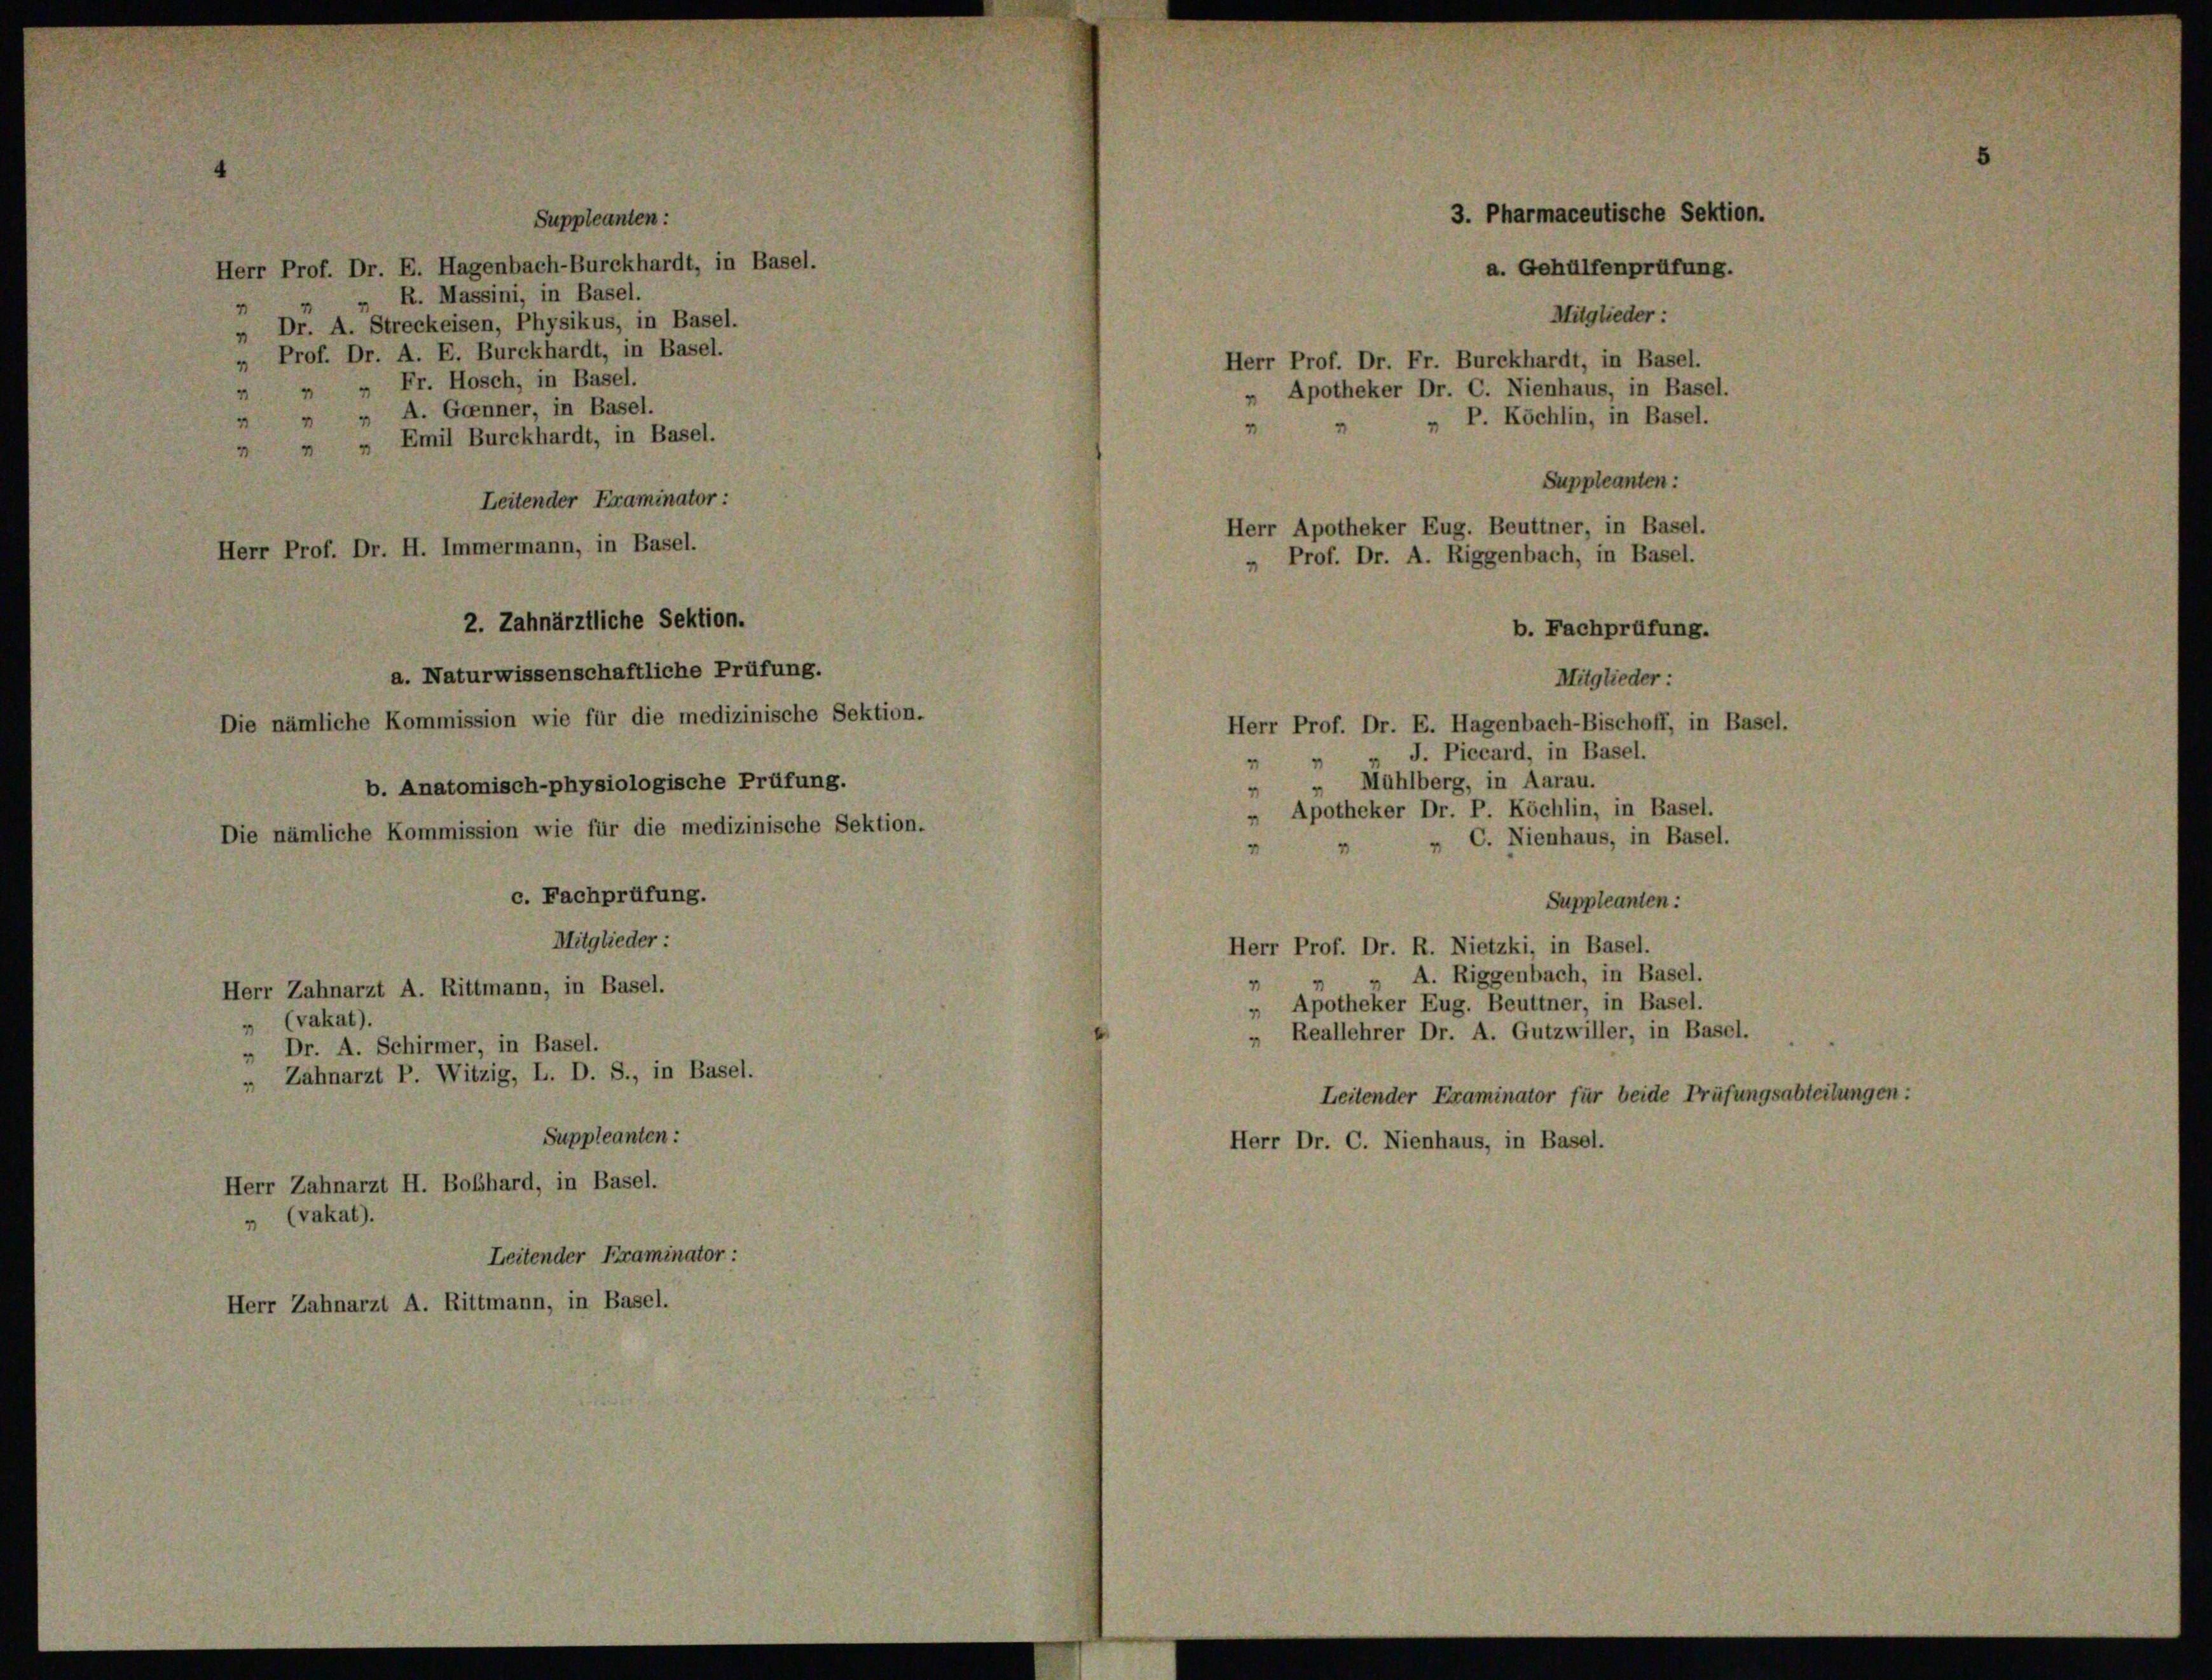
„ R. Massini, in Basel.
" Dr. A. Streckeisen, Physikus, in Basel.
" Prof. Dr. A. E. Burckhardt, in Basel.
 " " Fr. Hosch, in Basel.
 " " A. Grenner, in Basel.
 " " Emil Burckhardt, in Basel.
Leitender Examinator :
Herr Prof. Dr. H. Immermann, in Basel.
c. Fachprüfung.
Mitglieder:
Herr Zahnarzt A. Rittmann, in Basel.
" (vakat).
" Dr. A. Schirmer, in Basel.
„ Zahnarzt P. Witzig, L. D. S., in Basel.
Suppleanten:
Herr Zahnarzt H. Boßhard, in Basel.
" (vakat).
Leitender Framinator :
Herr Zahnarzt A. Rittmann, in Basel.

2. Zahnärztliche Sektion.
a. Naturwissenschaftliche Prüfung.
Die nämliche Kommission wie für die medizinische Sektion.
b. Anatomisch-physiologische Prüfung.
Die nämliche Kommission wie für die medizinische Sektion.

Suppleanten:
Herr Prof. Dr. E. Hagenbach-Burckhardt, in Basel.

3. Pharmaceutische Sektion.
a. Gehülfenprüfung.
Mitglieder:
Herr Prof. Dr. Fr. Burckhardt, in Basel.
„ Apotheker Dr. C. Nienhaus, in Basel.
„ P. Köchlin, in Basel.

Suppleanten:
b. Fachprüfung.
Mitglieder:
Herr Prof. Dr. E. Hagenbach-Bischoff, in Basel.
J. Piccard, in Basel.
Mühlberg, in Aarau.
Apotheker Dr. P. Köchlin, in Basel.
„ C. Nienhaus, in Basel.
Suppleanten:
Herr Prof. Dr. R. Nietzki, in Basel.
„ A. Riggenbach, in Basel.
„ Apotheker Eug. Beuttner, in Basel.
" Reallehrer Dr. A. Gutzwiller, in Basel.
Leitender Examinator für beide Prüfungsabteilungen:
Herr Dr. C. Nienhaus, in Basel.

Herr Apotheker Eug. Beuttner, in Basel.
" Prof. Dr. A. Riggenbach, in Basel.